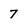
Character: 7